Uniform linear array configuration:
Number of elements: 16
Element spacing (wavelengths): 1
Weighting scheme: hann
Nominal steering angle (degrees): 60
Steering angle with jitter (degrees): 58.655
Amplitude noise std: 0.05
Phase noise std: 0.05

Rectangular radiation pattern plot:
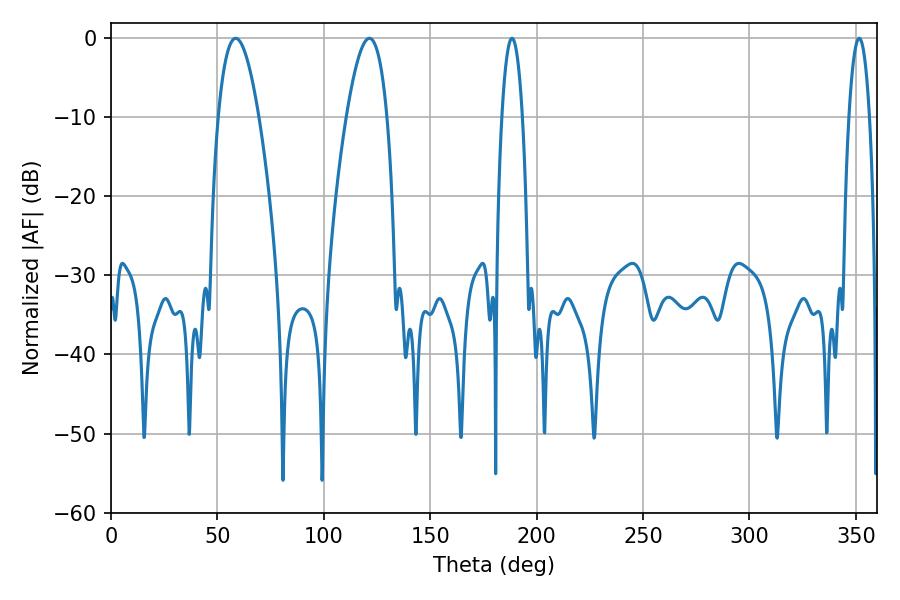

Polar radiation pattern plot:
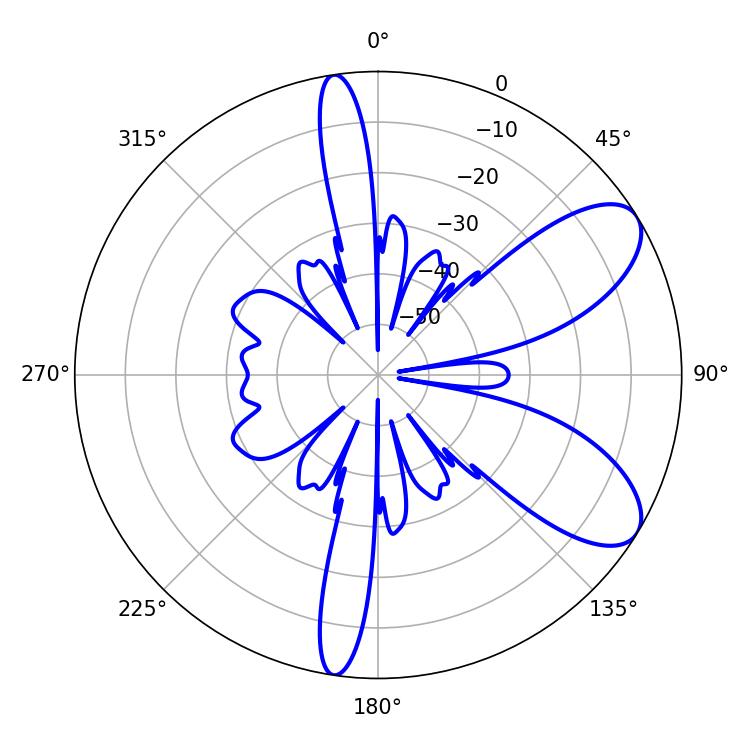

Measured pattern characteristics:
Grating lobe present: TRUE
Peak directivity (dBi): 8.141
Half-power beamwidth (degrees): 5.4
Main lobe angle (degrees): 188.46